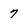
Character: 7